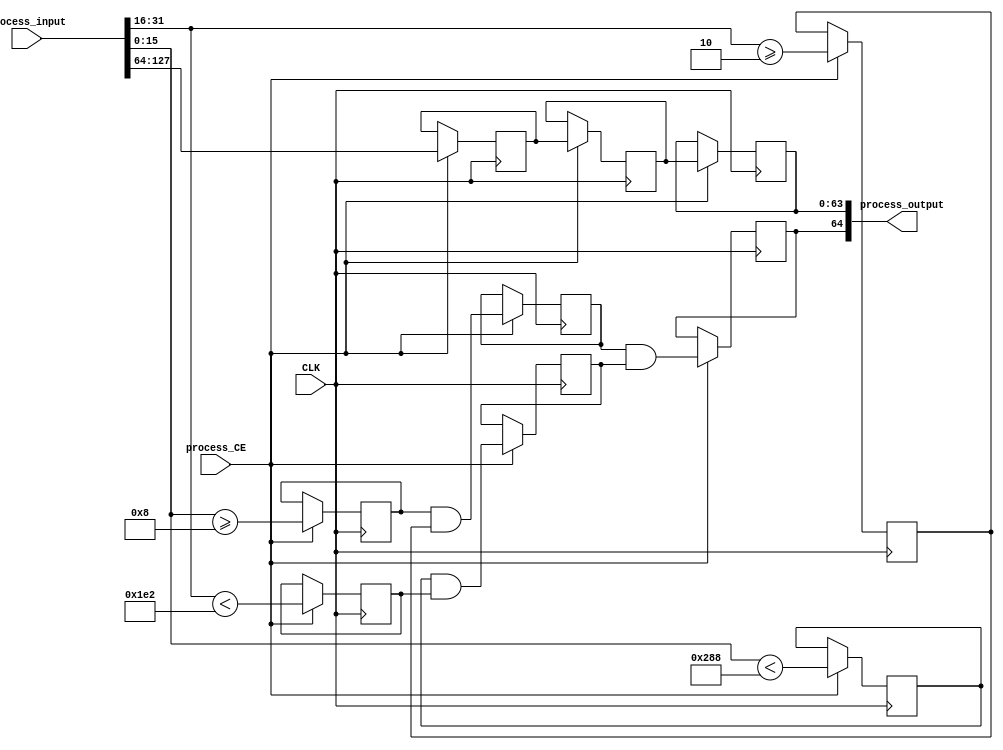
module CropSeq_uint8_4_1__W648_H482_T2(input CLK, input process_CE, input [127:0] process_input, output [64:0] process_output);
parameter INSTANCE_NAME="INST";
  reg [63:0] unnamedcast5522_delay1_validunnamednull0_CEprocess_CE;  always @ (posedge CLK) begin if (process_CE) begin unnamedcast5522_delay1_validunnamednull0_CEprocess_CE <= (process_input[127:64]); end end
  reg [63:0] unnamedcast5522_delay2_validunnamednull0_CEprocess_CE;  always @ (posedge CLK) begin if (process_CE) begin unnamedcast5522_delay2_validunnamednull0_CEprocess_CE <= unnamedcast5522_delay1_validunnamednull0_CEprocess_CE; end end
  reg [63:0] unnamedcast5522_delay3_validunnamednull0_CEprocess_CE;  always @ (posedge CLK) begin if (process_CE) begin unnamedcast5522_delay3_validunnamednull0_CEprocess_CE <= unnamedcast5522_delay2_validunnamednull0_CEprocess_CE; end end
  wire [63:0] unnamedcast5524;assign unnamedcast5524 = (process_input[63:0]);  
  wire [31:0] unnamedcast5526USEDMULTIPLEcast;assign unnamedcast5526USEDMULTIPLEcast = ({unnamedcast5524[31:0]}); 
  wire [15:0] unnamedcast5528USEDMULTIPLEcast;assign unnamedcast5528USEDMULTIPLEcast = (unnamedcast5526USEDMULTIPLEcast[15:0]); 
  reg unnamedbinop5540_delay1_validunnamednull0_CEprocess_CE;  always @ (posedge CLK) begin if (process_CE) begin unnamedbinop5540_delay1_validunnamednull0_CEprocess_CE <= {((unnamedcast5528USEDMULTIPLEcast)>=((16'd8)))}; end end
  wire [15:0] unnamedcast5534USEDMULTIPLEcast;assign unnamedcast5534USEDMULTIPLEcast = (unnamedcast5526USEDMULTIPLEcast[31:16]); 
  reg unnamedbinop5542_delay1_validunnamednull0_CEprocess_CE;  always @ (posedge CLK) begin if (process_CE) begin unnamedbinop5542_delay1_validunnamednull0_CEprocess_CE <= {((unnamedcast5534USEDMULTIPLEcast)>=((16'd2)))}; end end
  reg unnamedbinop5543_delay1_validunnamednull0_CEprocess_CE;  always @ (posedge CLK) begin if (process_CE) begin unnamedbinop5543_delay1_validunnamednull0_CEprocess_CE <= {(unnamedbinop5540_delay1_validunnamednull0_CEprocess_CE&&unnamedbinop5542_delay1_validunnamednull0_CEprocess_CE)}; end end
  reg unnamedbinop5545_delay1_validunnamednull0_CEprocess_CE;  always @ (posedge CLK) begin if (process_CE) begin unnamedbinop5545_delay1_validunnamednull0_CEprocess_CE <= {((unnamedcast5528USEDMULTIPLEcast)<((16'd648)))}; end end
  reg unnamedbinop5547_delay1_validunnamednull0_CEprocess_CE;  always @ (posedge CLK) begin if (process_CE) begin unnamedbinop5547_delay1_validunnamednull0_CEprocess_CE <= {((unnamedcast5534USEDMULTIPLEcast)<((16'd482)))}; end end
  reg unnamedbinop5548_delay1_validunnamednull0_CEprocess_CE;  always @ (posedge CLK) begin if (process_CE) begin unnamedbinop5548_delay1_validunnamednull0_CEprocess_CE <= {(unnamedbinop5545_delay1_validunnamednull0_CEprocess_CE&&unnamedbinop5547_delay1_validunnamednull0_CEprocess_CE)}; end end
  reg unnamedbinop5549_delay1_validunnamednull0_CEprocess_CE;  always @ (posedge CLK) begin if (process_CE) begin unnamedbinop5549_delay1_validunnamednull0_CEprocess_CE <= {(unnamedbinop5543_delay1_validunnamednull0_CEprocess_CE&&unnamedbinop5548_delay1_validunnamednull0_CEprocess_CE)}; end end
  assign process_output = {unnamedbinop5549_delay1_validunnamednull0_CEprocess_CE,unnamedcast5522_delay3_validunnamednull0_CEprocess_CE};
endmodule